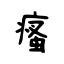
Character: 瘙